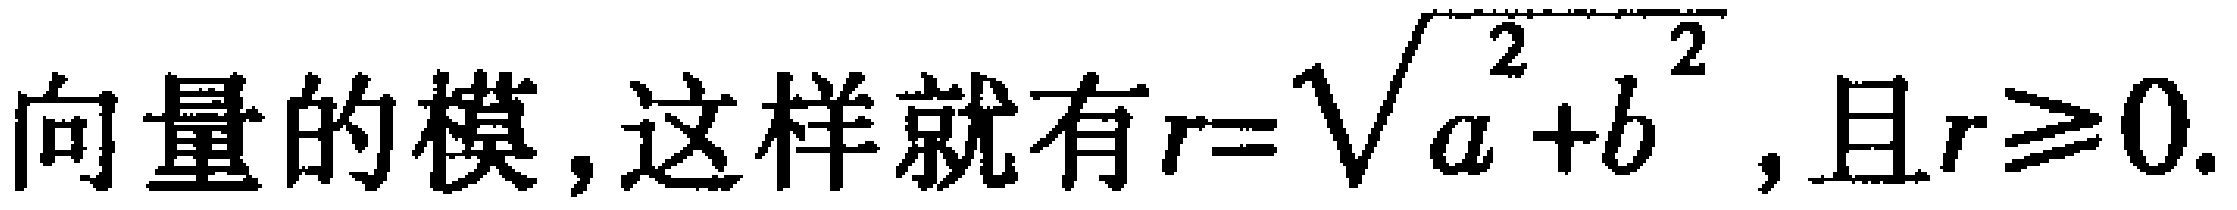
向量的模, 这样就有$r = \sqrt{a^{2}+b^{2}}$, 且$r\geq0$.